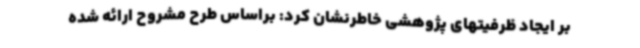
بر ایجاد ظرفیتهای پژوهشی خاطرنشان کرد: براساس طرح مشروح ارائه شده